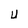
Character: U